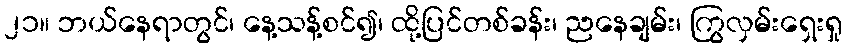
၂၁။ ဘယ်နေရာတွင်၊ နေ့သန့်စင်၍၊ ထို့ပြင်တစ်ခန်း၊ ညနေချမ်း၊ ကြွလှမ်းရှေးရှု